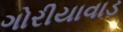
ગોરીયાવાડ